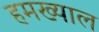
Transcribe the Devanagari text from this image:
हमख्याल